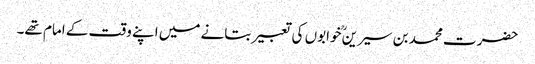
حضرت محمد بن سیرینؒ خوابوں کی تعبیر بتانے میں اپنے وقت کے امام تھے۔